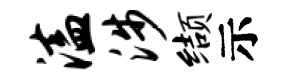
溘涉缬示